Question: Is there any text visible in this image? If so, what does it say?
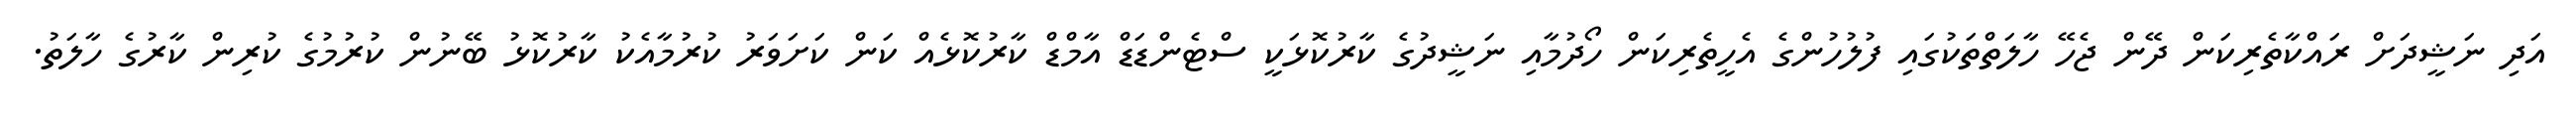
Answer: އަދި ނަޝީދަށް ރައްކާތެރިކަން ދޭން ޖެހޭ ހާލަތްތަކުގައި ފުލުހުންގެ އެހީތެރިކަން ހޯދުމާއި ނަޝީދުގެ ކާރުކޮޅަކީ ސްޓެންޑަޑް އާމްޑް ކާރުކޮޅެއް ކަން ކަށަވަރު ކުރުމާއެކު ކާރުކޮޅު ބޭނުން ކުރުމުގެ ކުރިން ކާރުގެ ހާލަތު.